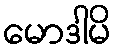
မောဒါမိ